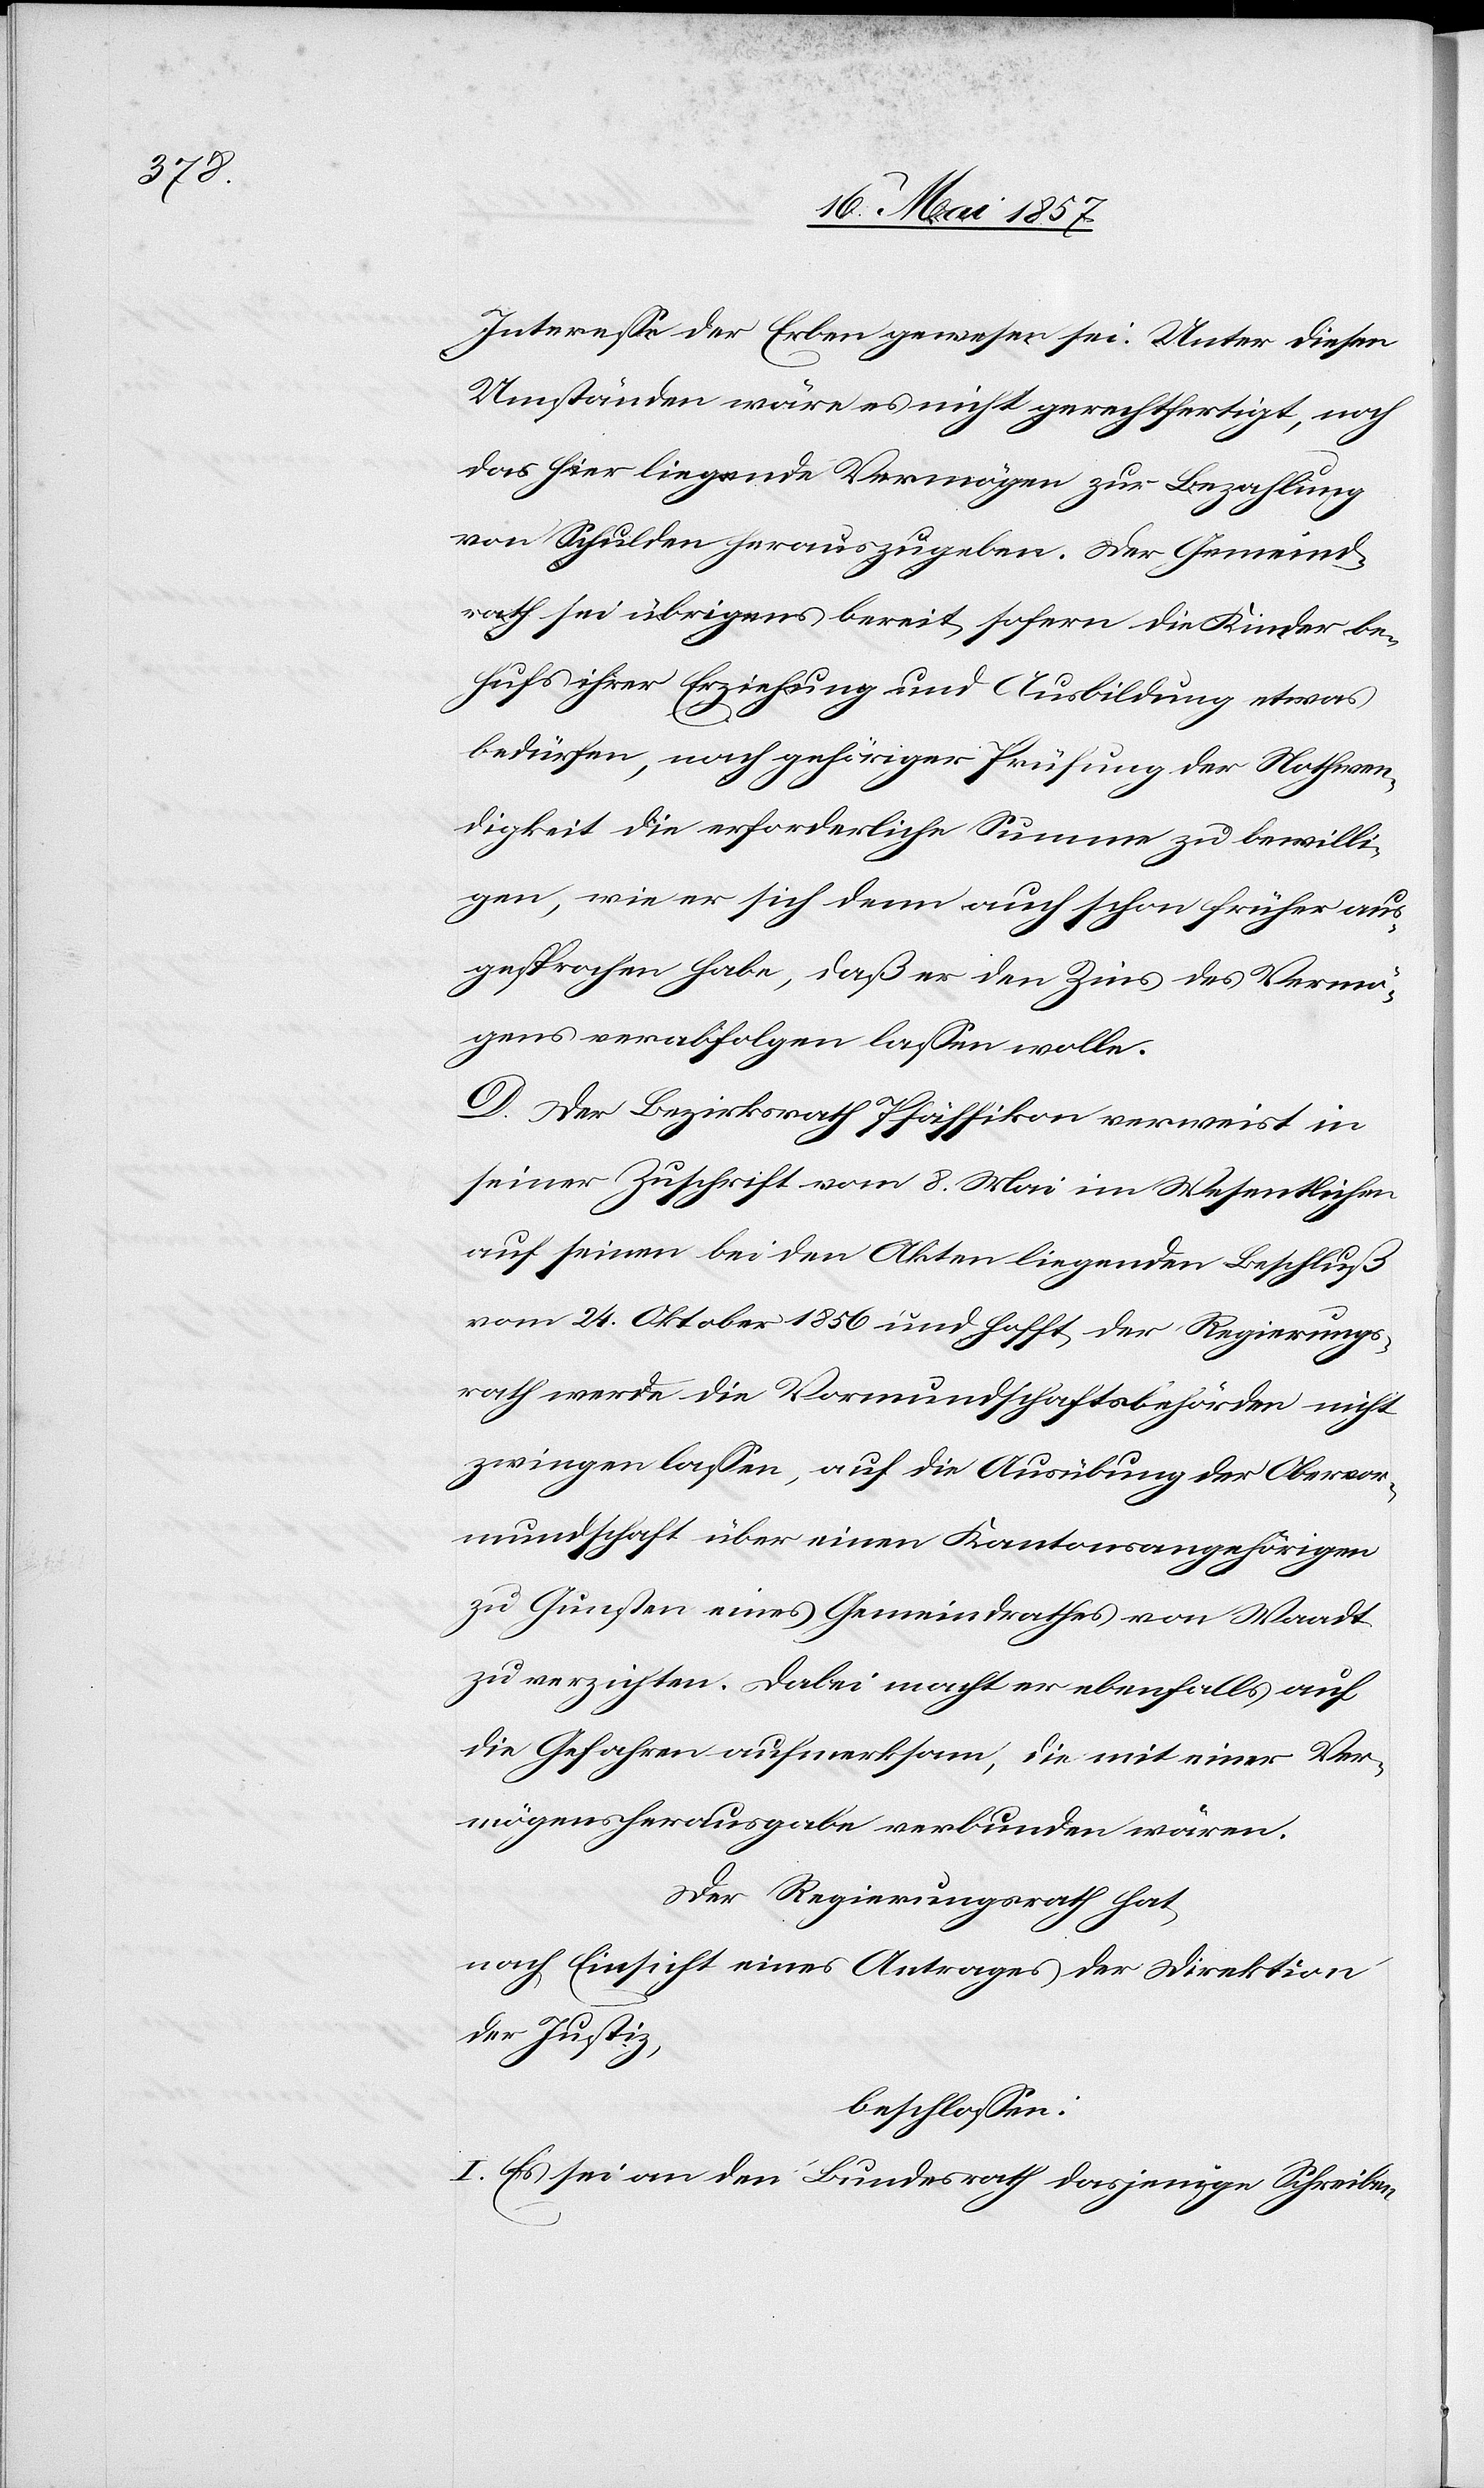
Interesse der Erben gewesen sei. Unter diesen
Umständen wäre es nicht gerechtfertigt, noch
das hier liegende Vermögen zur Bezahlung
von Schulden herauszugeben. Der Gemeind¬
rath sei übrigens bereit sofern die Kinder be¬
hufs ihrer Erziehung und Ausbildung etwas
bedürfen, nach gehöriger Prüfung der Nothwen¬
digkeit die erforderliche Summe zu bewilli¬
gen, wie er sich denn auch schon früher aus¬
gesprochen habe, daß er den Zins des Vermö¬
gens verabfolgen lassen wolle.
D. Der Bezirksrath Pfäffikon verweist in
seiner Zuschrift vom 8 Mai im Wesentlichen
auf seinen bei den Akten liegenden Beschluß
vom 24 Oktober 1856 und hofft der Regierungs¬
rath werde die Vormundschaftsbehörden nicht
zwingen lassen, auf die Ausübung der Obervor¬
mundschaft über einen Kantonsangehörigen
zu Gunsten eines Gemeindrathes von Waadt
zu verzichten. Dabei macht er ebenfalls auf
die Gefahren aufmerksam, die mit einer Ver¬
mögensherausgabe verbunden wären.
Der Regierungsrath hat
nach Einsicht eines Antrages der Direktion
der Justiz,
beschlossen:
I. Es sei von dem Bundesrath dasjenige Schreiben